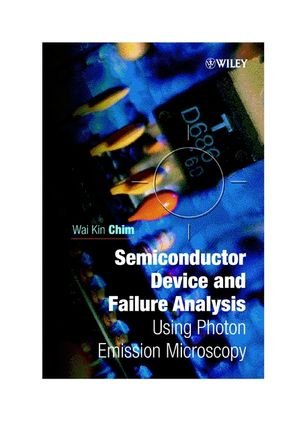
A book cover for Semiconductor Device and Failure Analysis : Using Photon Emission Microscopy; Wai Kin Chim; Science & Math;